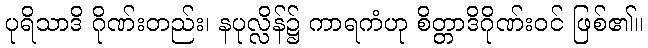
ပုရိသာဒိ ဂိုဏ်းတည်း၊ နပုလ္လိန်၌ ကာရကံဟု စိတ္တာဒိဂိုဏ်းဝင် ဖြစ်၏။